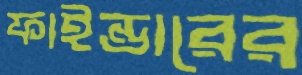
ফাইন্ডারের